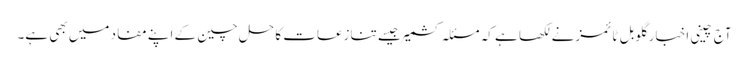
آج چینی اخبار گلوبل ٹائمزنے لکھا ہے کہ مسئلہ کشمیر جیسے تنازعات کا حل چین کے اپنے مفاد میں بھی ہے۔